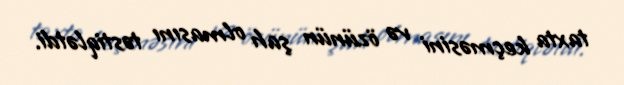
taxta keçməsini və özünün şah olmasını təstiqlətdi.